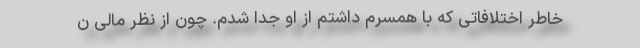
خاطر اختلافاتی که با همسرم داشتم از او جدا شدم. چون از نظر مالی ن